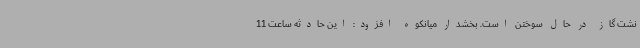
نشت گاز در حال سوختن است. بخشدار میانکوه افزود: این حادثه ساعت 11